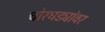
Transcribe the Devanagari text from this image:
चोरघड्यांवर